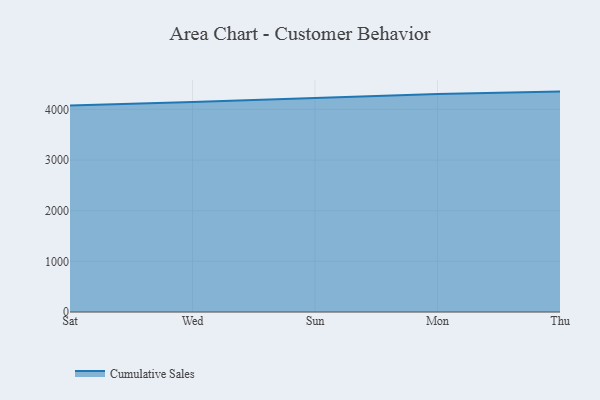
{"axis": {"x": "Day", "y": "Latency (ms)"}, "legend": ["Cumulative Sales"], "data": [{"x": "Sat", "y": 4077.2, "type": "Cumulative Sales"}, {"x": "Wed", "y": 4144.3, "type": "Cumulative Sales"}, {"x": "Sun", "y": 4226.7, "type": "Cumulative Sales"}, {"x": "Mon", "y": 4306.0, "type": "Cumulative Sales"}, {"x": "Thu", "y": 4351.8, "type": "Cumulative Sales"}]}